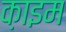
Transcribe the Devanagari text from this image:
क़ाइम